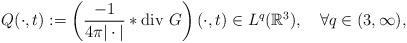
LaTeX: \begin{align*}Q(\cdot,t):=\left(\frac{-1}{4\pi|\cdot|}*\mbox{div $G$}\right)(\cdot,t)\in L^q(\mathbb R^3),\quad\forall q\in (3,\infty),\end{align*}